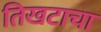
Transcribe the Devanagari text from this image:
तिखटाचा